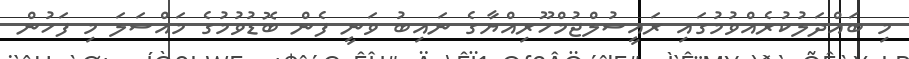
މި ބައްދަލުކުރެއްވުމުގައި ރައީސުލްޖުމްހޫރިއްޔާގެ ނައިބު ވަނީ ފެން ބޮޑުވުމުގެ މައްސަލަ މި ފަހުން